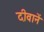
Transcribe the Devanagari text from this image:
दीवानें